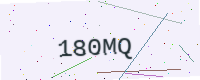
Text: 180MQ